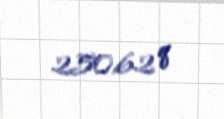
250,62 q